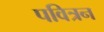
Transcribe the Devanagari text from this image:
पवित्रन